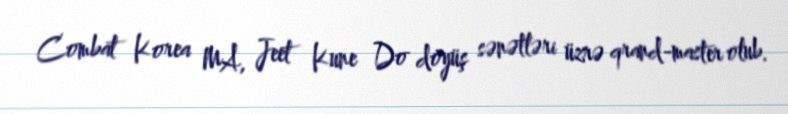
Combat Korea MA, Jeet Kune Do döyüş sənətləri üzrə qrand-master olub.